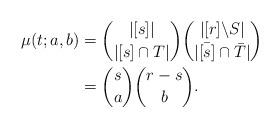
LaTeX: \begin{align*} \mu (t;a,b) &= \binom{|[s]|}{|[s] \cap T|} \binom{|[r] \backslash S|}{|\bar{[s]} \cap \bar{T}|}\\ &= \binom{s}{a}\binom{r-s}{b}. \end{align*}